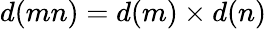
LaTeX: d(mn)=d(m)\times d(n)